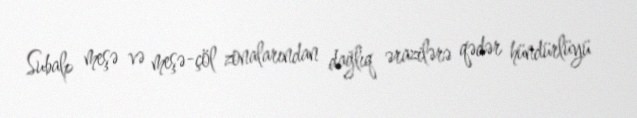
Subalp meşə və meşə-çöl zonalarından dağlıq ərazilərə qədər hündürlüyü